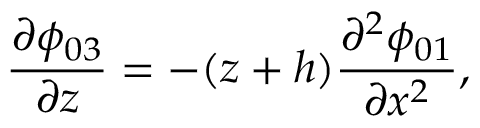
\frac { \partial \phi _ { 0 3 } } { \partial z } = - ( z + h ) \frac { \partial ^ { 2 } \phi _ { 0 1 } } { \partial x ^ { 2 } } ,